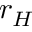
r _ { H }